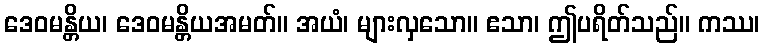
ဒေဝမန္တိယ၊ ဒေဝမန္တိယအမတ်။ အယံ၊ များလှသော။ ဧသာ၊ ဤပရိတ်သည်။ ကဿ၊